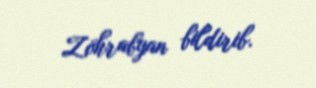
Zöhrabyan bildirib.